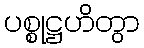
ပစ္စုဋ္ဌဟိတွာ